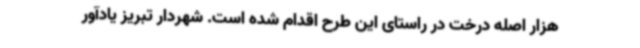
هزار اصله درخت در راستای این طرح اقدام شده است. شهردار تبریز یادآور